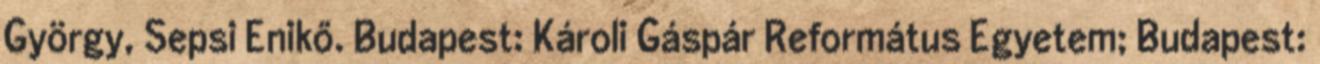
György, Sepsi Enikő. Budapest: Károli Gáspár Református Egyetem; Budapest: